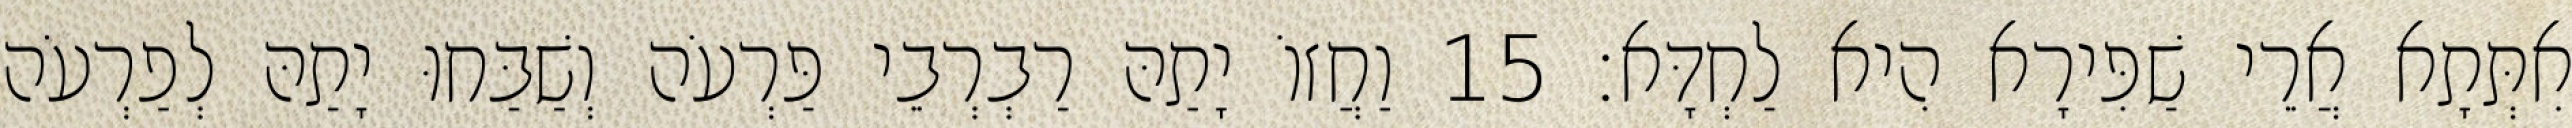
אִתְּתָא אֲרֵי שַׁפִּירָא הִיא לַחְדָּא׃ 15 וַחֲזוֹ יָתַהּ רַבְרְבֵי פַּרְעֹה וְשַׁבַּחוּ יָתַהּ לְפַרְעֹה